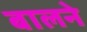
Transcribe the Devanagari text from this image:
बालने